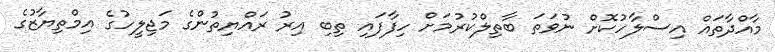
މާއްދާތައް އިސްލާހުކޮށް ނުވަތަ ބާތިލްކުރުމަށް ހިފާފައި ތިބި އިރު ރައްޔިތުންގެ މަޖިލީހުގެ އިމްތިޔާޒުގެ